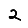
Digit: 2